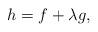
LaTeX: \begin{align*}h= f+\lambda g,\end{align*}